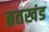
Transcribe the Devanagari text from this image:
ब्रतखंड